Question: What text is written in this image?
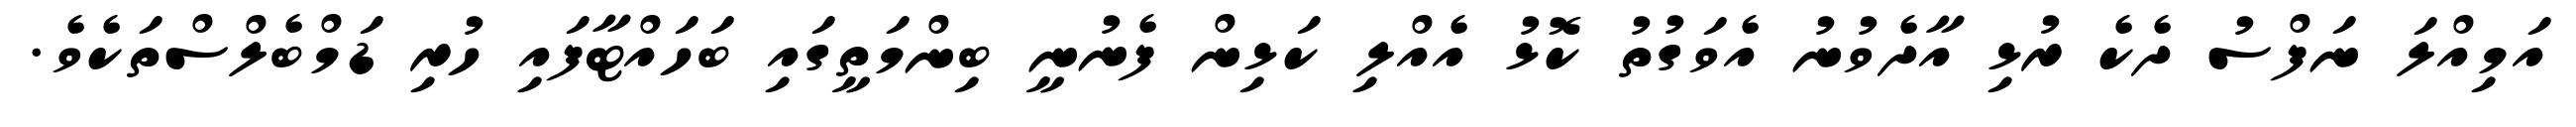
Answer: އަމިއްލަ ނަފްސު ދެކެ ރުޅި އާދެވުނު އެވަގުތު ކޮޅު އެއްލި ކަޅިން ފެނުނީ ބިންމަތީގައި ބަހައްޓާފައި ހުރި ޑަމްބެލްސްތަކެވެ.